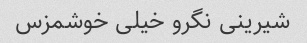
شیرینی نگرو خیلی خوشمزس